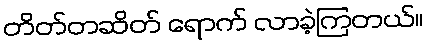
တိတ်တဆိတ် ရောက် လာခဲ့ကြတယ်။